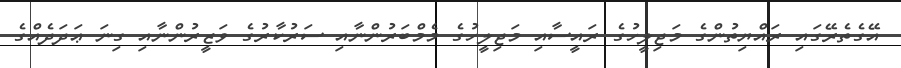
އޭގެތެރޭގައި ރައްޔިތުންގެ މަޖިލީހުގެ ރައީސާއި މަޖިލީހުގެ މެމްބަރުންނާއި ސަރުކާރުގެ ވަޒީރުންނާއި ގިނަ ޢަދަދެއްގެ